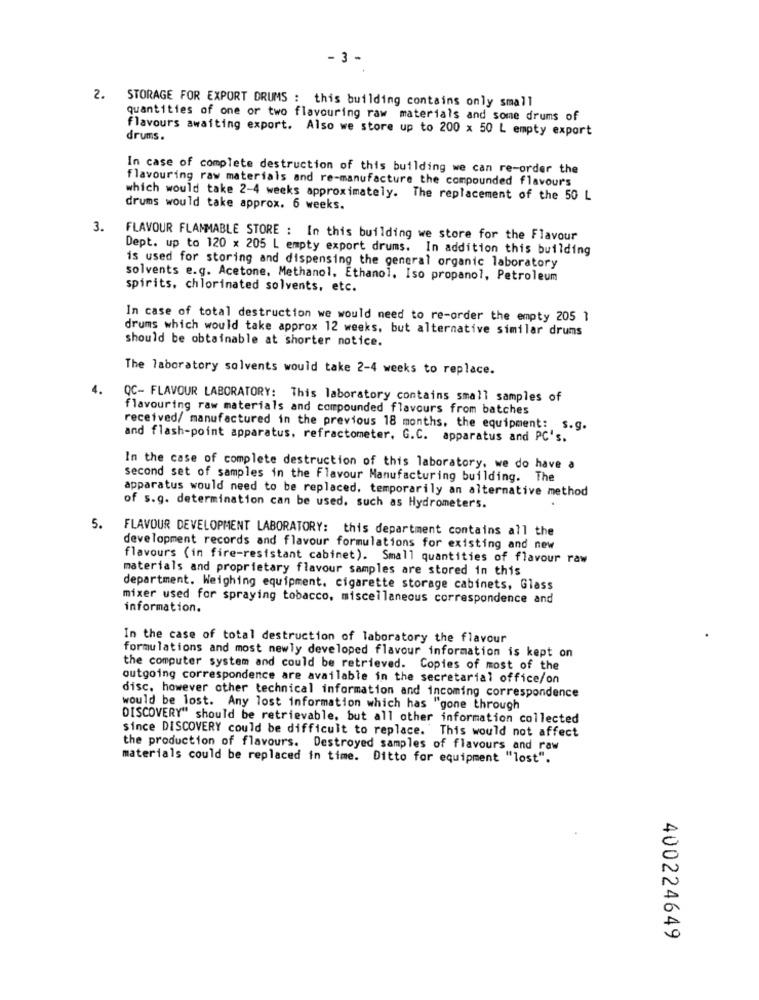
-3 -
2. STORAGE FOR EXPORT DRUMS : this building contains only small
quantities of one or two flavouring raw materials and some drums of
flavours awaiting export. Also we store up to 200 x 50 L empty export
drums.
In case of complete destruction of this building we can re-order the
flavouring raw materials and re-manufacture the compounded flavours
which would take 2-4 weeks approximately. The replacement of the 50 L
drums would take approx. 6 weeks.
3.
FLAVOUR FLAMMABLE STORE : In this building we store for the Flavour
Dept. up to 120 x 205 L empty export drums. In addition this building
is used for storing and dispensing the general organic laboratory
solvents e.g. Acetone, Methanol, Ethanol. Iso propanol, Petroleum
spirits, chlorinated solvents, etc.
In case of total destruction we would need to re-order the empty 205 1
drums which would take approx 12 weeks, but alternative similar drums
should be obtainable at shorter notice.
The laboratory solvents would take 2-4 weeks to replace.
4.
QC- FLAVOUR LABORATORY: This laboratory contains small samples of
flavouring raw materials and compounded flavours from batches
received/ manufactured in the previous 18 months, the equipment: s.g.
and flash-point apparatus, refractometer. G.C. apparatus and PC's.
In the case of complete destruction of this laboratory, we do have a
second set of samples in the Flavour Manufacturing building. The
apparatus would need to be replaced. temporarily an alternative method
of s.g. determination can be used. such as Hydrometers.
5.
FLAVOUR DEVELOPMENT LABORATORY: this department contains all the
development records and flavour formulations for existing and new
flavours (in fire-resistant cabinet). Small quantities of flavour raw
materials and proprietary flavour samples are stored in this
department. Weighing equipment. cigarette storage cabinets, Glass
mixer used for spraying tobacco, miscellaneous correspondence and
information.
In the case of total destruction of laboratory the flavour
formulations and most newly developed flavour information is kept on
the computer system and could be retrieved. Copies of most of the
outgoing correspondence are available in the secretarial office/on
disc. however other technical information and incoming correspondence
would be lost. Any lost information which has "gone through
DISCOVERY" should be retrievable, but all other information collected
since DISCOVERY could be difficult to replace. This would not affect
the production of flavours. Destroyed samples of flavours and raw
materials could be replaced in time. Ditto for equipment "lost".
400224649